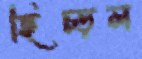
হিঁচ্‌ড়ল